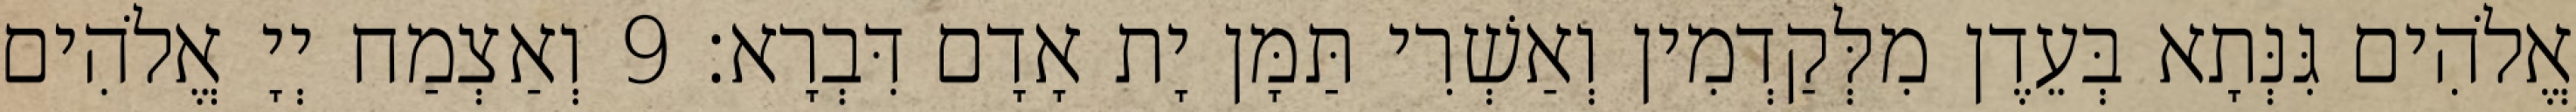
אֱלֹהִים גִּנְּתָא בְּעֵדֶן מִלְּקַדְמִין וְאַשְׁרִי תַּמָּן יָת אָדָם דִּבְרָא׃ 9 וְאַצְמַח יְיָ אֱלֹהִים